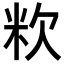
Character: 𥸷